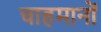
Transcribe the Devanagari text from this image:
चाहमानों